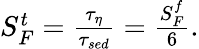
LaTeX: \begin{array}{r}{S_{F}^{t}=\frac{\tau_{\eta}}{\tau_{sed}}=\frac{S_{F}^{f}}{6}.}\end{array}